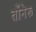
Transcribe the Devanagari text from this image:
तोंनेरू